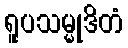
ရူပသမ္မုဒိတံ